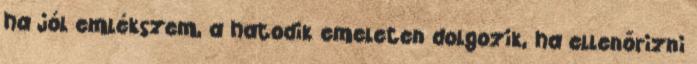
ha jól emlékszem, a hatodik emeleten dolgozik, ha ellenőrizni